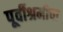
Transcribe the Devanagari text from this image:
पूर्वीश्रमीचा